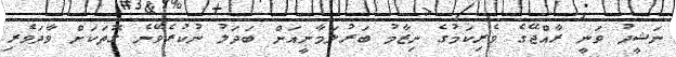
ނަޝީދު ވަނީ ރާއްޖޭގެ ވެރިކަމުގެ ނިޒާމު ބަރުލަމާނީއަށް ބަދަލު ނުކުރެވޭނެ ގޮތަކަށް ވާދަވެރި